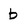
Character: b